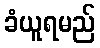
ခံယူရမည်